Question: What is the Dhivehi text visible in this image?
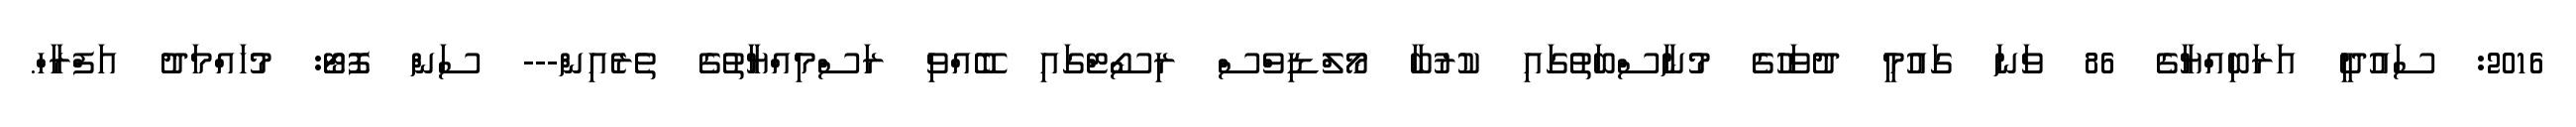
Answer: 2016: ސައުދީ އަރަބިއްޔާގެ 86 ވަނަ ގައުމީ ދުވަހުގެ މުނާސްބަތުގައި ކުރުބާ މޯލްޑިވްސް ރިސޯޓްގައި ބޭއްވި ރަސްމިއްޔާތުގެ ތެރެއިން--- ސަން ފޮޓޯ: މުހައްމަދު އަފްރާހް.